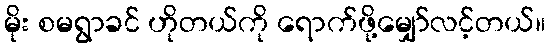
မိုး စမရွာခင် ဟိုတယ်ကို ရောက်ဖို့မျှော်လင့်တယ်။